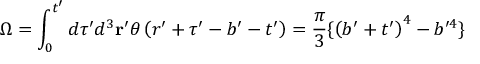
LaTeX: \Omega = \int _ { 0 } ^ { t ^ { \prime } } d \tau ^ { \prime } d ^ { 3 } { \bf r } ^ { \prime } \theta \left( r ^ { \prime } + \tau ^ { \prime } - b ^ { \prime } - t ^ { \prime } \right) = \frac \pi 3 \{ \left( b ^ { \prime } + t ^ { \prime } \right) ^ { 4 } - b ^ { \prime 4 } \}